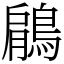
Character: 鵳